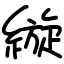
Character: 縼